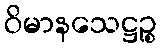
ဝိမာနသေဋ္ဌဉ္စ